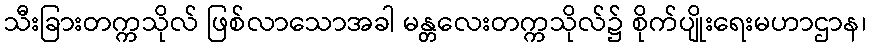
သီးခြားတက္ကသိုလ် ဖြစ်လာသောအခါ မန္တလေးတက္ကသိုလ်၌ စိုက်ပျိုးရေးမဟာဌာန၊